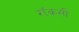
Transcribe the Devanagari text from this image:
रॉकसी